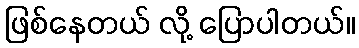
ဖြစ်နေတယ် လို့ ပြောပါတယ်။